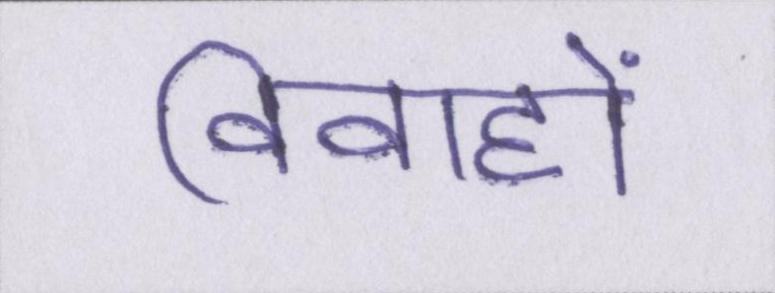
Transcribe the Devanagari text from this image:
विवाहों